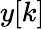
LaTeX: y[k]